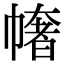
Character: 𢄳